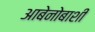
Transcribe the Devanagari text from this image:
आबेनोबाशी